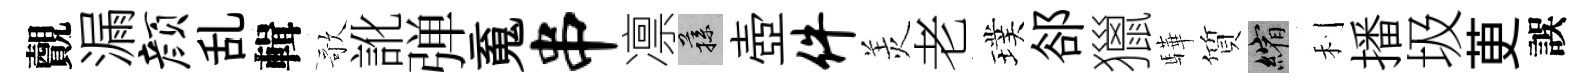
覿漏颜乱輯歌訛弹䰟串凛蓀壺件羙老璞郤獵驊質縮利播圾茰誤